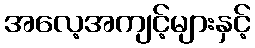
အလေ့အကျင့်များနှင့်